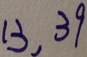
1 3 , 3 9